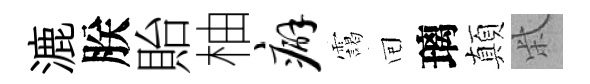
漉朕貽柚癖靄囘璃顛柴